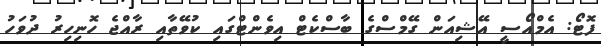
ފޮޓޯ: އެމްއޯސީ އޭޝިއަން ގޭމްސްގެ ބާސްކެޓް އިވެންޓްގައި ކުވޭތާއި ރާއްޖެ ހޮނިހިރު ދުވަހު